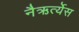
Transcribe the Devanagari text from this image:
नैऋर्त्येस